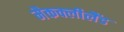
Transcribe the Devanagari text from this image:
मैकक्लीलैंड